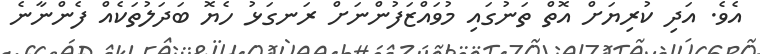
އެވެ. އަދި ކުރިޔަށް އޮތް ތަނުގައި މުވައްޒަފުންނަށް ރަނގަޅު ހެޔޮ ބަދަލުތަކެއް ފެންނާނެ